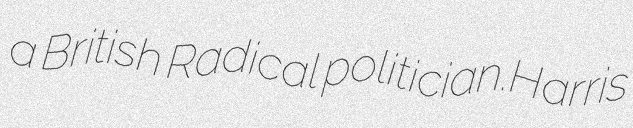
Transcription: a British Radical politician.Harris